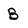
Character: B